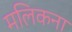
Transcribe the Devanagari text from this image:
मलिकना